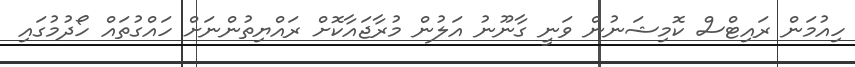
ހިއުމަން ރައިޓްސް ކޮމިޝަނުން ވަނީ ގާނޫނު އަލުން މުރާޖައާކޮށް ރައްޔިތުންނަށް ހައްގުތައް ހޯދުމުގައި